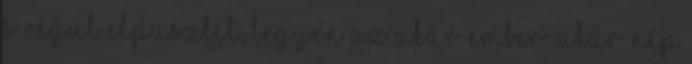
s végül elpusztít, legyen az akár ember, akár nép